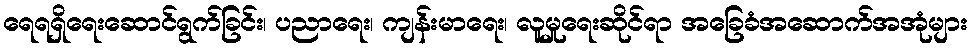
ရေရရှိရေးဆောင်ရွက်ခြင်း၊ ပညာရေး၊ ကျန်းမာရေး၊ လူမှုရေးဆိုင်ရာ အခြေခံအဆောက်အအုံများ